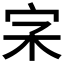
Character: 𡧖